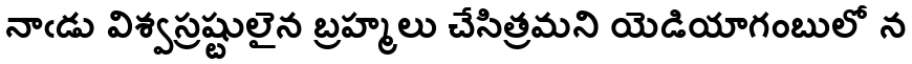
నాఁడు విశ్వస్రష్టులైన బ్రహ్మలు చేసిత్రమని యెడియాగంబులో న